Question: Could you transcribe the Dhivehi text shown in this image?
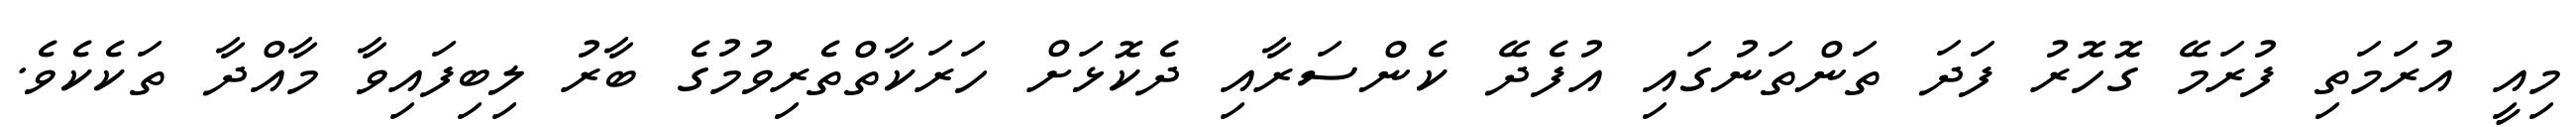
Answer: މިއީ އުރަމަތި ފުރަމޭ ގޮހޮރު ފަދަ ތަންތަނުގައި އުފެދޭ ކެންސަރާއި ދެކޮޅަށް ހަރަކާތްތެރިވުމުގެ ބާރު ލިބިފައިވާ މާއްދާ ތަކެކެވެ.